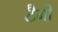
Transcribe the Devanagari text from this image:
टैबो